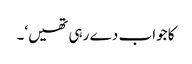
کا جواب دے رہی تھیں‘۔